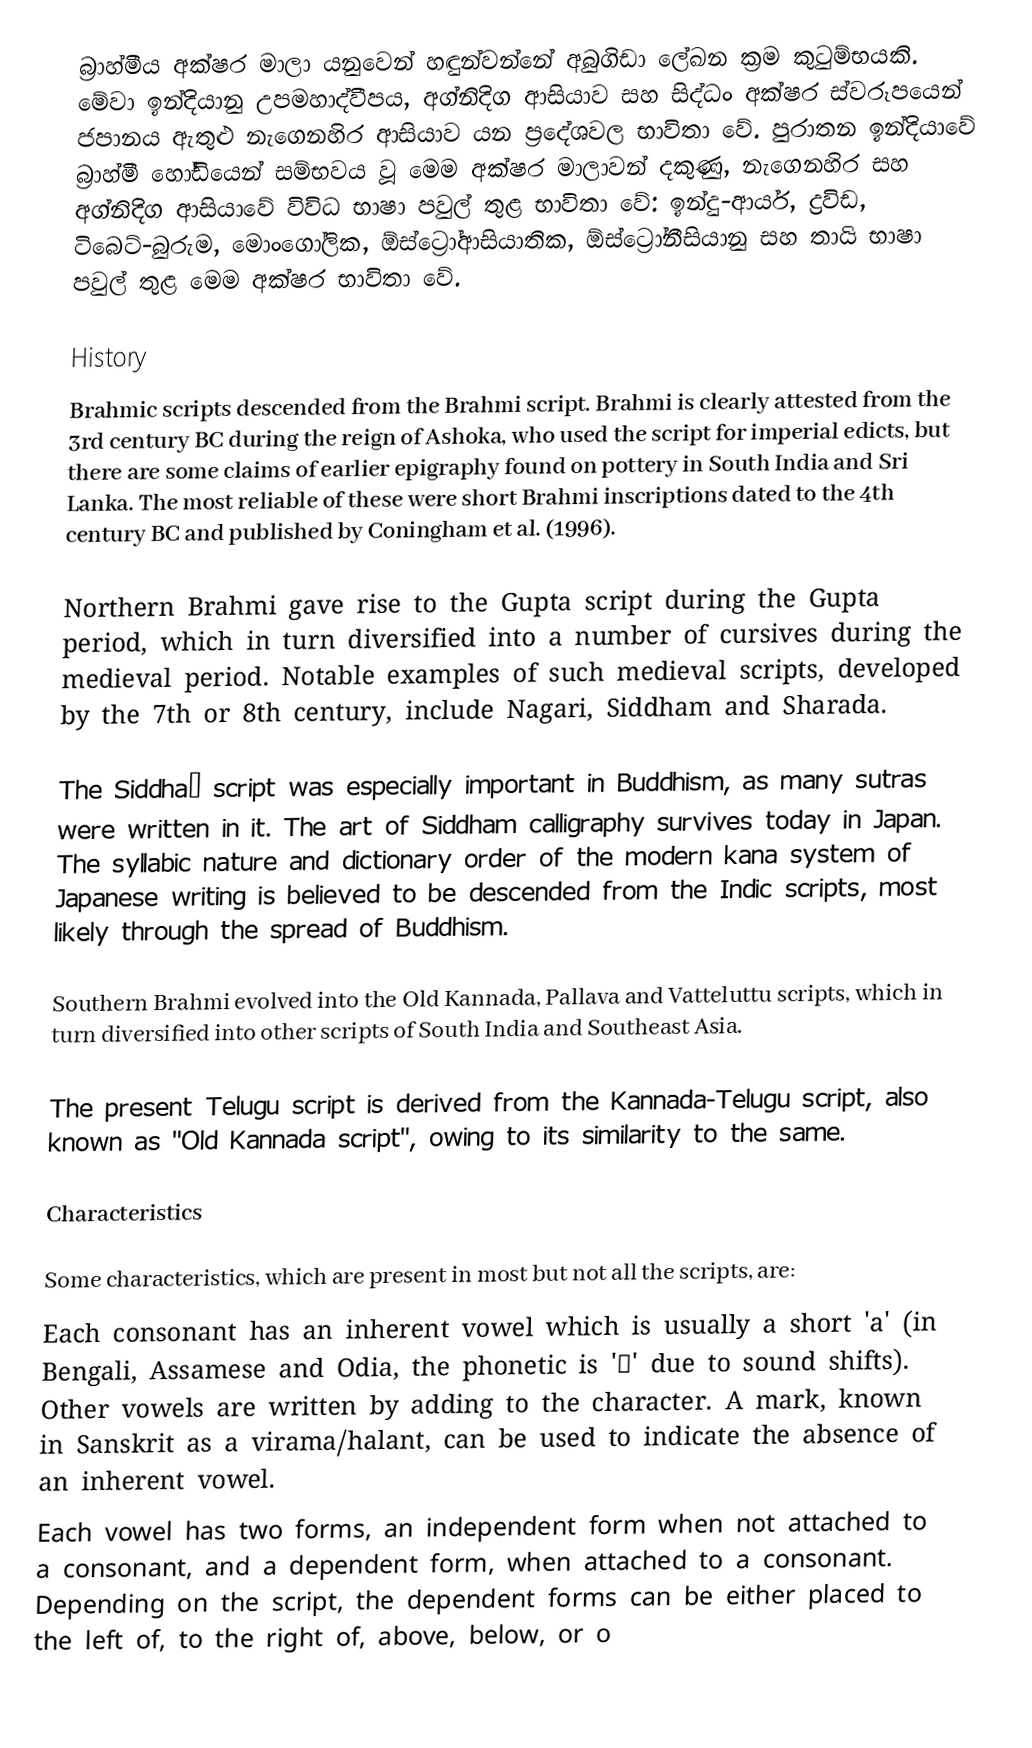
බ්‍රාහ්මීය අක්ෂර මාලා යනුවෙන් හඳුන්වන්නේ අබුගිඩා ලේඛන ක්‍රම කුටුම්භයකි. මේවා ඉන්දියානු උපමහාද්වීපය, අග්නිදිග ආසියාව සහ සිද්ධං අක්ෂර ස්වරූපයෙන් ජපානය ඇතුළු නැගෙනහිර ආසියාව යන ප්‍රදේශවල භාවිතා වේ. පුරාතන ඉන්දියාවේ බ්‍රාහ්මී හෝඩියෙන් සම්භවය වූ මෙම අක්ෂර මාලාවන් දකුණු, නැගෙනහිර සහ අග්නිදිග ආසියාවේ විවිධ භාෂා පවුල් තුළ භාවිතා වේ: ඉන්දු-ආර්ය, ද්‍රවිඩ, ටිබෙට්-බුරුම, මොංගෝලික, ඕස්ට්‍රෝආසියාතික, ඕස්ට්‍රෝනීසියානු සහ තායි භාෂා පවුල් තුළ මෙම අක්ෂර භාවිතා වේ.

History
Brahmic scripts descended from the Brahmi script. Brahmi is clearly attested from the 3rd century BC during the reign of Ashoka, who used the script for imperial edicts, but there are some claims of earlier epigraphy found on pottery in South India and Sri Lanka. The most reliable of these were short Brahmi inscriptions dated to the 4th century BC and published by Coningham et al. (1996).

Northern Brahmi gave rise to the Gupta script during the Gupta period, which in turn diversified into a number of cursives during the medieval period. Notable examples of such medieval scripts, developed by the 7th or 8th century, include Nagari, Siddham and Sharada.

The Siddhaṃ script was especially important in Buddhism, as many sutras were written in it. The art of Siddham calligraphy survives today in Japan. The syllabic nature and dictionary order of the modern kana system of Japanese writing is believed to be descended from the Indic scripts, most likely through the spread of Buddhism.

Southern Brahmi evolved into the Old Kannada, Pallava and Vatteluttu scripts, which in turn diversified into other scripts of South India and Southeast Asia.

The present Telugu script is derived from the Kannada-Telugu script, also known as "Old Kannada script", owing to its similarity to the same.

Characteristics

Some characteristics, which are present in most but not all the scripts, are:
 Each consonant has an inherent vowel which is usually a short 'a' (in Bengali, Assamese and Odia, the phonetic is 'ɔ' due to sound shifts). Other vowels are written by adding to the character. A mark, known in Sanskrit as a virama/halant, can be used to indicate the absence of an inherent vowel.
 Each vowel has two forms, an independent form when not attached to a consonant, and a dependent form, when attached to a consonant. Depending on the script, the dependent forms can be either placed to the left of, to the right of, above, below, or o